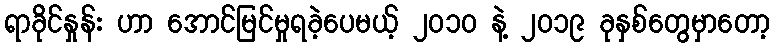
ရာခိုင်နှုန်း ဟာ အောင်မြင်မှုရခဲ့ပေမယ့် ၂၀၁၀ နဲ့ ၂၀၁၉ ခုနှစ်တွေမှာတော့